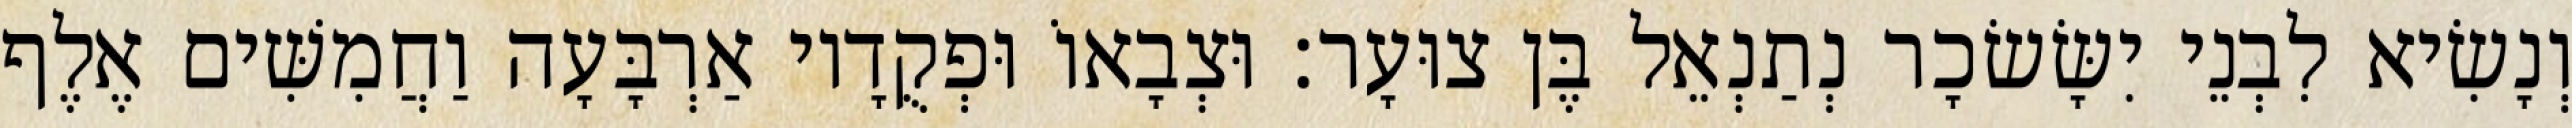
וְנָשִׂיא לִבְנֵי יִשָּׂשׂכָר נְתַנְאֵל בֶּן צוּעָר׃ וּצְבָאוֹ וּפְקֻדָיו אַרְבָּעָה וַחֲמִשִּׁים אֶלֶף